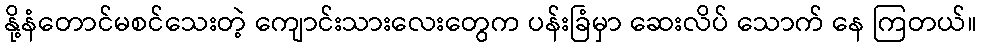
နို့နံတောင်မစင်သေးတဲ့ ကျောင်းသားလေးတွေက ပန်းခြံမှာ ဆေးလိပ် သောက် နေ ကြတယ်။